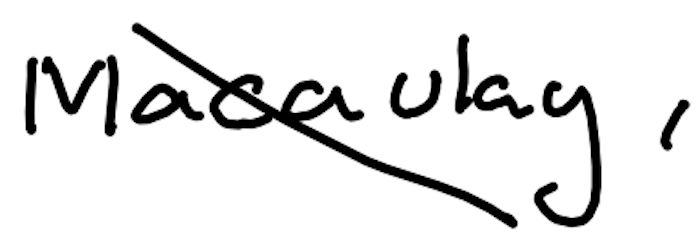
Text: Macaulay,
Cross-out: diagonal
Writing tool: digital_black